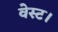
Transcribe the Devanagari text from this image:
वेस्ट।